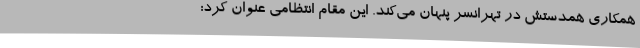
همکاری همدستش در تهرانسر پنهان می‌کند. این مقام انتظامی عنوان کرد: